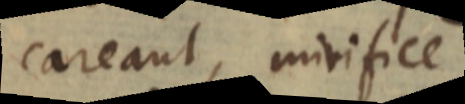
careant, mirifice